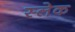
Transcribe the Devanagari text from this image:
स्लेक